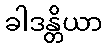
ခါဒန္တိယာ